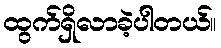
ထွက်ရှိလာခဲ့ပါတယ်။